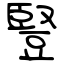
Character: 豎